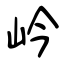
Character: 岒